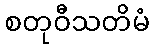
စတုဝီသတိမံ